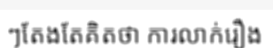
ៗតែងតែគិតថា ការលាក់រឿង